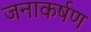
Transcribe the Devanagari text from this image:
जनाकर्षण